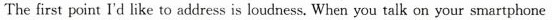
The first point I'd like to address is loudness. When you talk on your smartphone